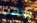
وإذهب